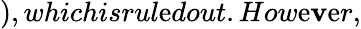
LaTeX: ),whichisrul\mathrm{e}dout.How\mathrm{e}\mathbf{v}\mathrm{e}r,